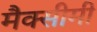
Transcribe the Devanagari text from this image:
मैक्सीमी